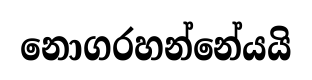
නොගරහන්නේයයි